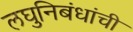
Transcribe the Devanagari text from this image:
लघुनिबंधांची